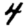
Digit: 4